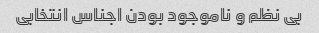
بی نظم و ناموجود بودن اجناس انتخابی